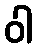
ဝါ